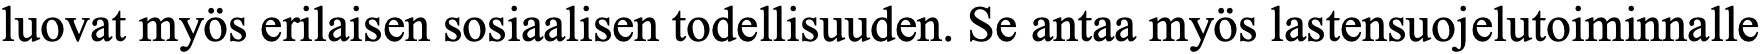
luovat myös erilaisen sosiaalisen todellisuuden. Se antaa myös lastensuojelutoiminnalle